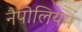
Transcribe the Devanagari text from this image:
नैपोलियम